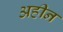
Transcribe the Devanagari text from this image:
अहीन